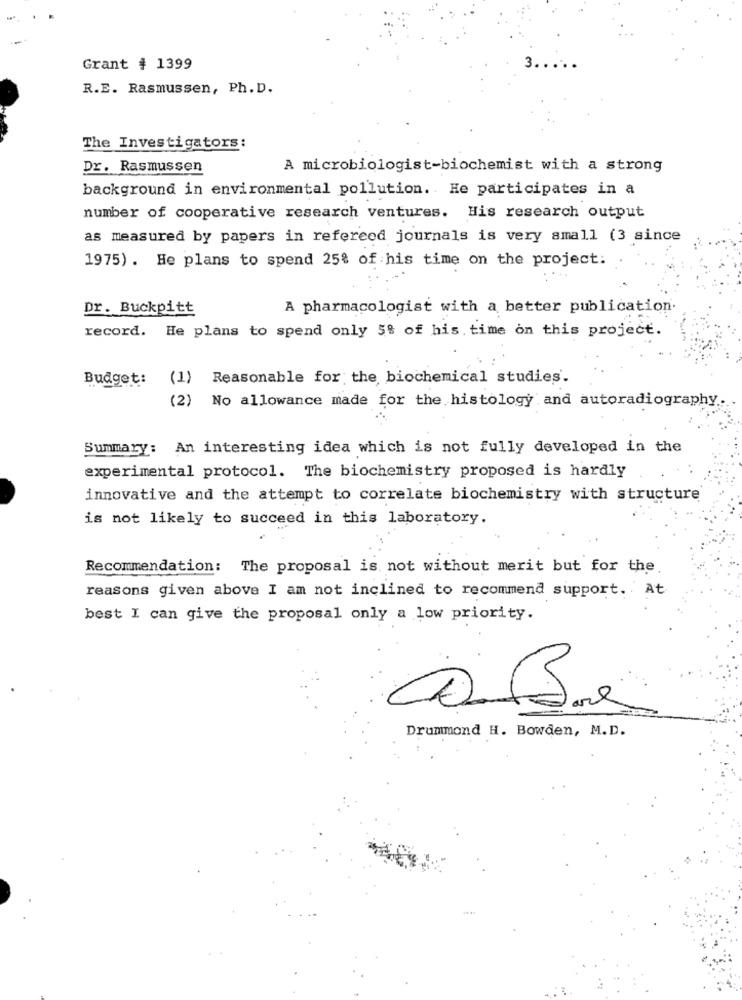
3.
Grant # 1399
R.E. Rasmussen, Ph. D.
The Investigators:
Dr. Rasmussen
A microbiologist-biochemist with a strong
background in environmental pollution. He participates in a
number of cooperative research ventures. His research output
as measured by papers in refereed journals is very small (3 since
1975) . He plans to spend 25% of his time on the project:
Dr. Buckpitt
A pharmacologist with a better publication.
record. He plans to spend only 5% of his. time on this project.
Budget:
(1)
Reasonable for the biochemical studies.
(2) No allowance made for the histology and autoradiography.
Summary: An interesting idea which is not fully developed in the
experimental protocol. The biochemistry proposed is hardly
innovative and the attempt to correlate biochemistry with structure
is not likely to succeed in this laboratory.
Recommendation: The proposal is not without merit but for the.
reasons given above I am not inclined to recommend support. At
best I can give the proposal only a low priority.
Drummond H. Bowden, M.D.